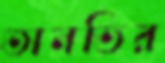
তানভির